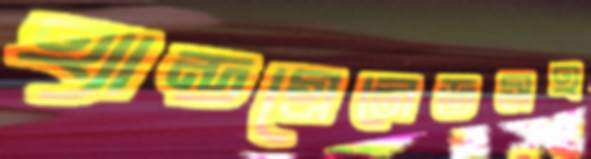
হ্যান্ডগ্রেনেডসহ